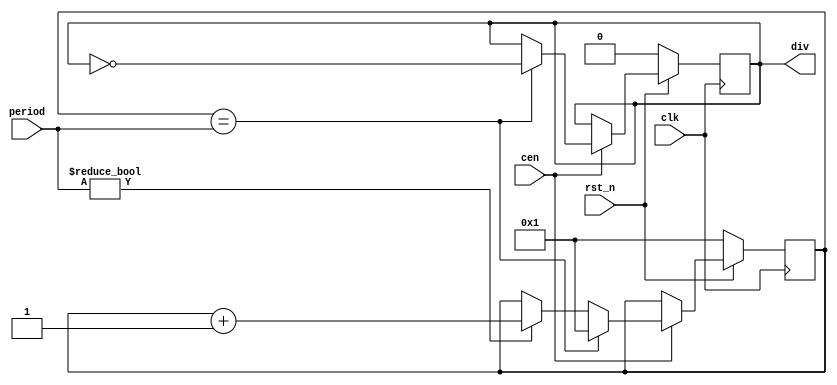
/*  This file is part of JT49.

    JT49 is free software: you can redistribute it and/or modify
    it under the terms of the GNU General Public License as published by
    the Free Software Foundation, either version 3 of the License, or
    (at your option) any later version.

    JT49 is distributed in the hope that it will be useful,
    but WITHOUT ANY WARRANTY; without even the implied warranty of
    MERCHANTABILITY or FITNESS FOR A PARTICULAR PURPOSE.  See the
    GNU General Public License for more details.

    You should have received a copy of the GNU General Public License
    along with JT49.  If not, see <http://www.gnu.org/licenses/>.
    
    Author: Jose Tejada Gomez. Twitter: @topapate
    Version: 1.0
    Date: 10-Nov-2018
    
    Based on sqmusic, by the same author
    
    */


module jt49_div #(parameter width=12 )(   
    input           clk, // this is the divided down clock from the core
    input           cen,
    input           rst_n,
    input [width-1:0]  period,
    output reg      div
);

reg [width-1:0]count;

wire [width-1:0] one = { {width-1{1'b0}}, 1'b1};

always @(posedge clk ) begin
  if( !rst_n) begin
    count <= one;
    div   <= 1'b0;
  end
  else if(cen) begin
    if( count == period ) begin
        count <= one;
        div   <= ~div;
    end
    else
        if( period!={width{1'b0}} ) count <=  count + one ;
  end
end

endmodule